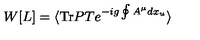
W [ L ] = \langle \mathrm { T r } P T e ^ { - i g \oint A ^ { \mu } d x _ { u } } \rangle